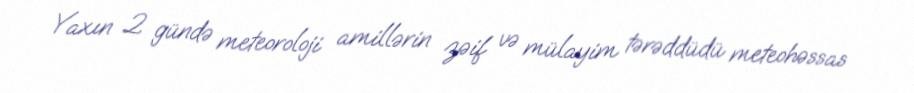
Yaxın 2 gündə meteoroloji amillərin zəif və mülayim tərəddüdü meteohəssas